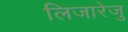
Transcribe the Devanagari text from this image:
लिजारेजु